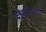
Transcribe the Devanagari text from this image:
व्यापारीयात्राही